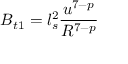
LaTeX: B _ { t 1 } = l _ { s } ^ { 2 } \frac { u ^ { 7 - p } } { R ^ { 7 - p } }